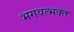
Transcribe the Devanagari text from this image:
भगवत्भक्त